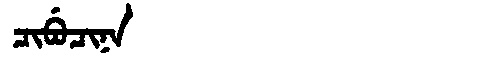
Manchu: ᠴᡳᠪᡠᠴᡳᠨᠠ
Romanization: CIBUCINA